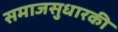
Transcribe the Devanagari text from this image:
समाजसुधारकी